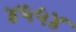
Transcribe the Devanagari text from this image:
४५५४